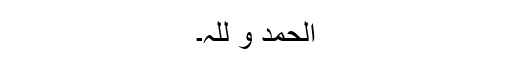
الحمد و للہ۔